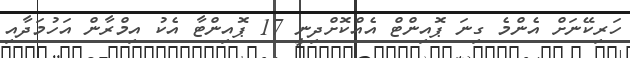
ހަރިކޭނަށް އެންމެ ގިނަ ޕޮއިންޓް އެއްކޮށްދިނީ 17 ޕޮއިންޓާ އެކު އިމްރާން އަހުމަދާއި